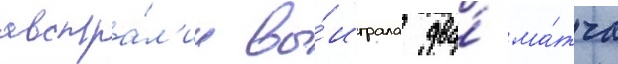
австра́л'ии вы́играла два́ ма́тча